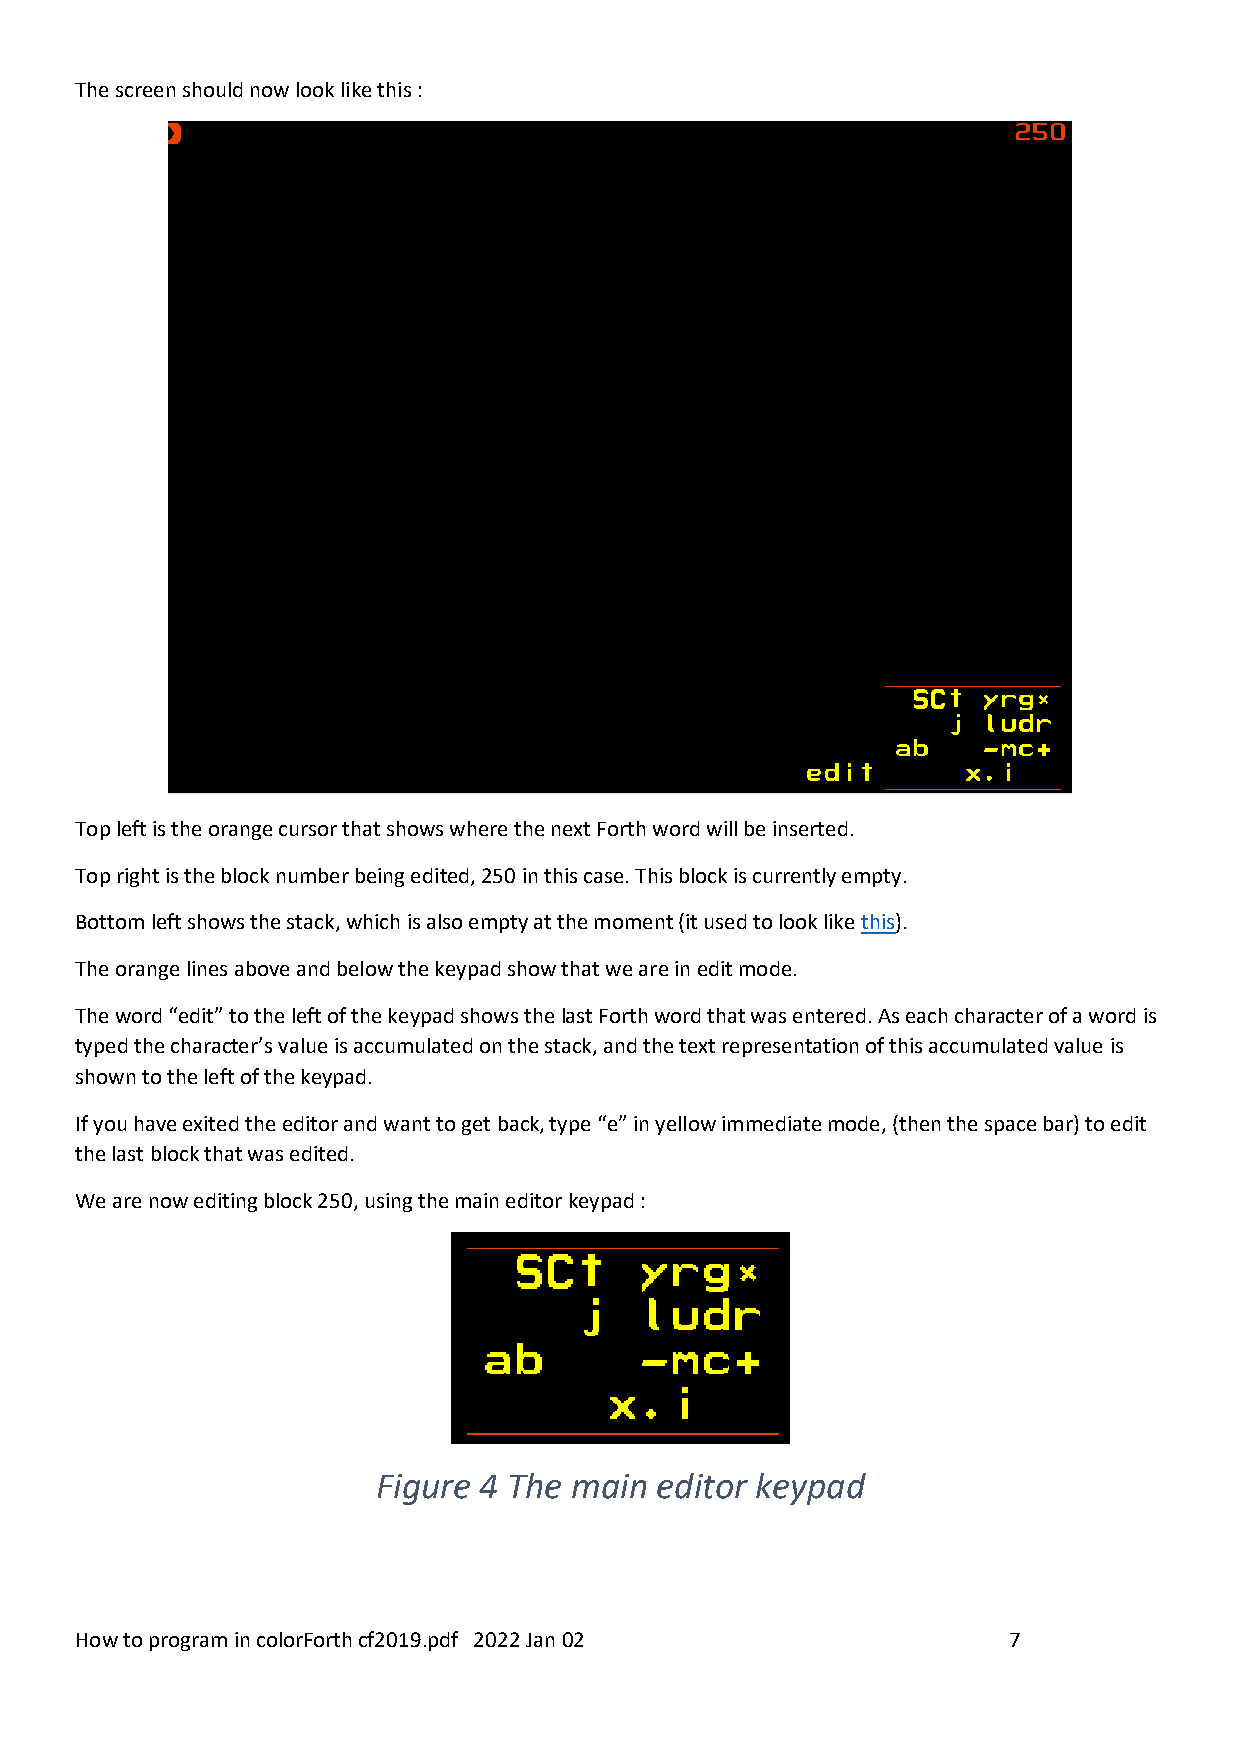
The screen should now look like this :
 Top left is the orange cursor that shows where the next Forth word will be inserted.
 Top right is the block number being edited, 250 in this case. This block is currently empty.
 Bottom left shows the stack, which is also empty at the moment (it used to look like this).
 The orange lines above and below the keypad show that we are in edit mode.
 The word “edit” to the left of the keypad shows the last Forth word that was entered. As each character of a word is
 typed the character’s value is accumulated on the stack, and the text representation of this accumulated value is
 shown to the left of the keypad.
 If you have exited the editor and want to get back, type “e” in yellow immediate mode, (then the space bar) to edit
 the last block that was edited.
 We are now editing block 250, using the main editor keypad :
 Figure 4 The main editor keypad
 How to program in colorForth cf2019.pdf 2022 Jan 02           7